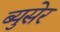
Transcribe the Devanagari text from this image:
ब्युसेर